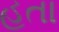
હતા